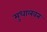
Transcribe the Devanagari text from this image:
मुधालवन